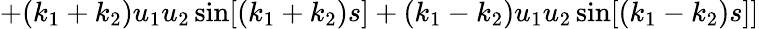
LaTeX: +(k_{1}+k_{2})u_{1}u_{2}\sin[(k_{1}+k_{2})s]+(k_{1}-k_{2})u_{1}u_{2}\sin[(k_{1}-k_{2})s]]